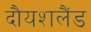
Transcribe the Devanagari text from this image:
दौयशलैंड